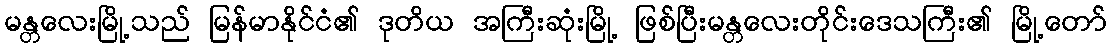
မန္တလေးမြို့သည် မြန်မာနိုင်ငံ၏ ဒုတိယ အကြီးဆုံးမြို့ ဖြစ်ပြီးမန္တလေးတိုင်းဒေသကြီး၏ မြို့တော်